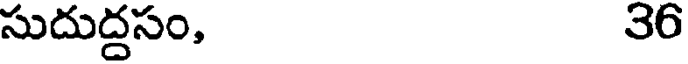
సుదుద్దసం, 36